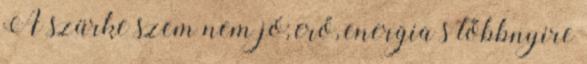
A szürke szem nem jó; erő, energia s többnyire